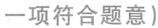
一项符合题意)